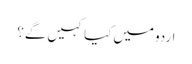
اردو میں کیا کہیں گے؟